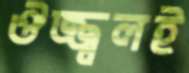
ঔজ্জ্বলই